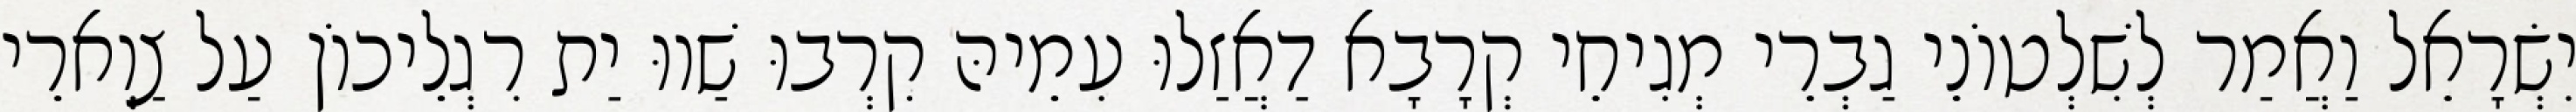
יִשְׂרָאֵל וַאֲמַר לְשִׁלְטוֹנֵי גַבְרֵי מְגִיחֵי קְרָבָא דַאֲזַלוּ עִמֵיהּ קִרְבוּ שַׁווּ יַת רִגְלֵיכוֹן עַל צַוְארֵי